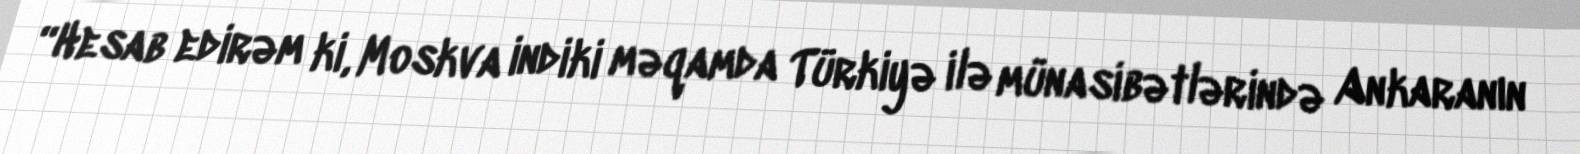
“Hesab edirəm ki, Moskva indiki məqamda Türkiyə ilə münasibətlərində Ankaranın